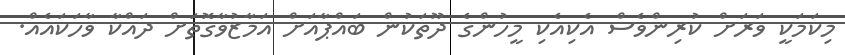
މިކަމަކީ ވަރަށް ކުރިންވެސް އެކިއެކި މީހުންގެ ދޫތަކުން ބައްޕާއަށް އަމާޒުވާގޮތަށް ދައްކާ ވާހަކައެއް.